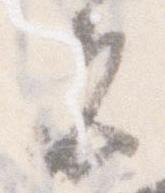
者